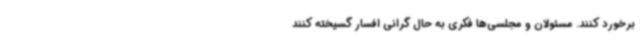
برخورد کنند. مسئولان و مجلسی‌ها فکری به حال گرانی افسار گسیخته کنند